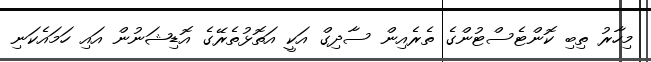
މިހާރު ތިބި ކޮންޓެސްޓުންގެ ތެރެއިން ސާދިގް އަކީ އަތޮޅުތެރޭގެ އޮޑިޝަނުން އައި ހަމައެކަނި